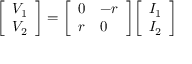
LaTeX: { \left[ \begin{array} { l } { V _ { 1 } } \\ { V _ { 2 } } \end{array} \right] } = { \left[ \begin{array} { l l } { 0 } & { - r } \\ { r } & { 0 } \end{array} \right] } { \left[ \begin{array} { l } { I _ { 1 } } \\ { I _ { 2 } } \end{array} \right] }